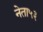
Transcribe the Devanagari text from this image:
नेता५३